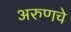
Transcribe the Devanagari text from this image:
अरुणचे